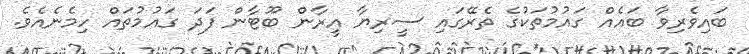
ބައިވެރިވާ ބައެއް ގައުމުތަކުގެ ތެރޭގައި ސީރިޔާ އީރާން ބޫޓާން ފަދަ ގައުމުތައް ހިމެނެއެވެ.